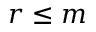
r \le m